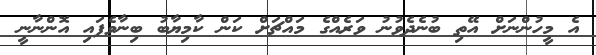
އެ މީހުންނަށް އޭތި ބުނެދެވުނު ވަރެއްގެ މައްޗަށް ކަން ކާމިޔާބު ބިނާވެފައި އޮންނާނީ